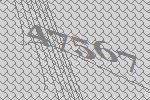
47567